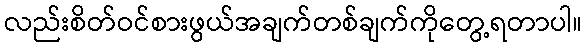
လည်းစိတ်ဝင်စားဖွယ်အချက်တစ်ချက်ကိုတွေ့ရတာပါ။